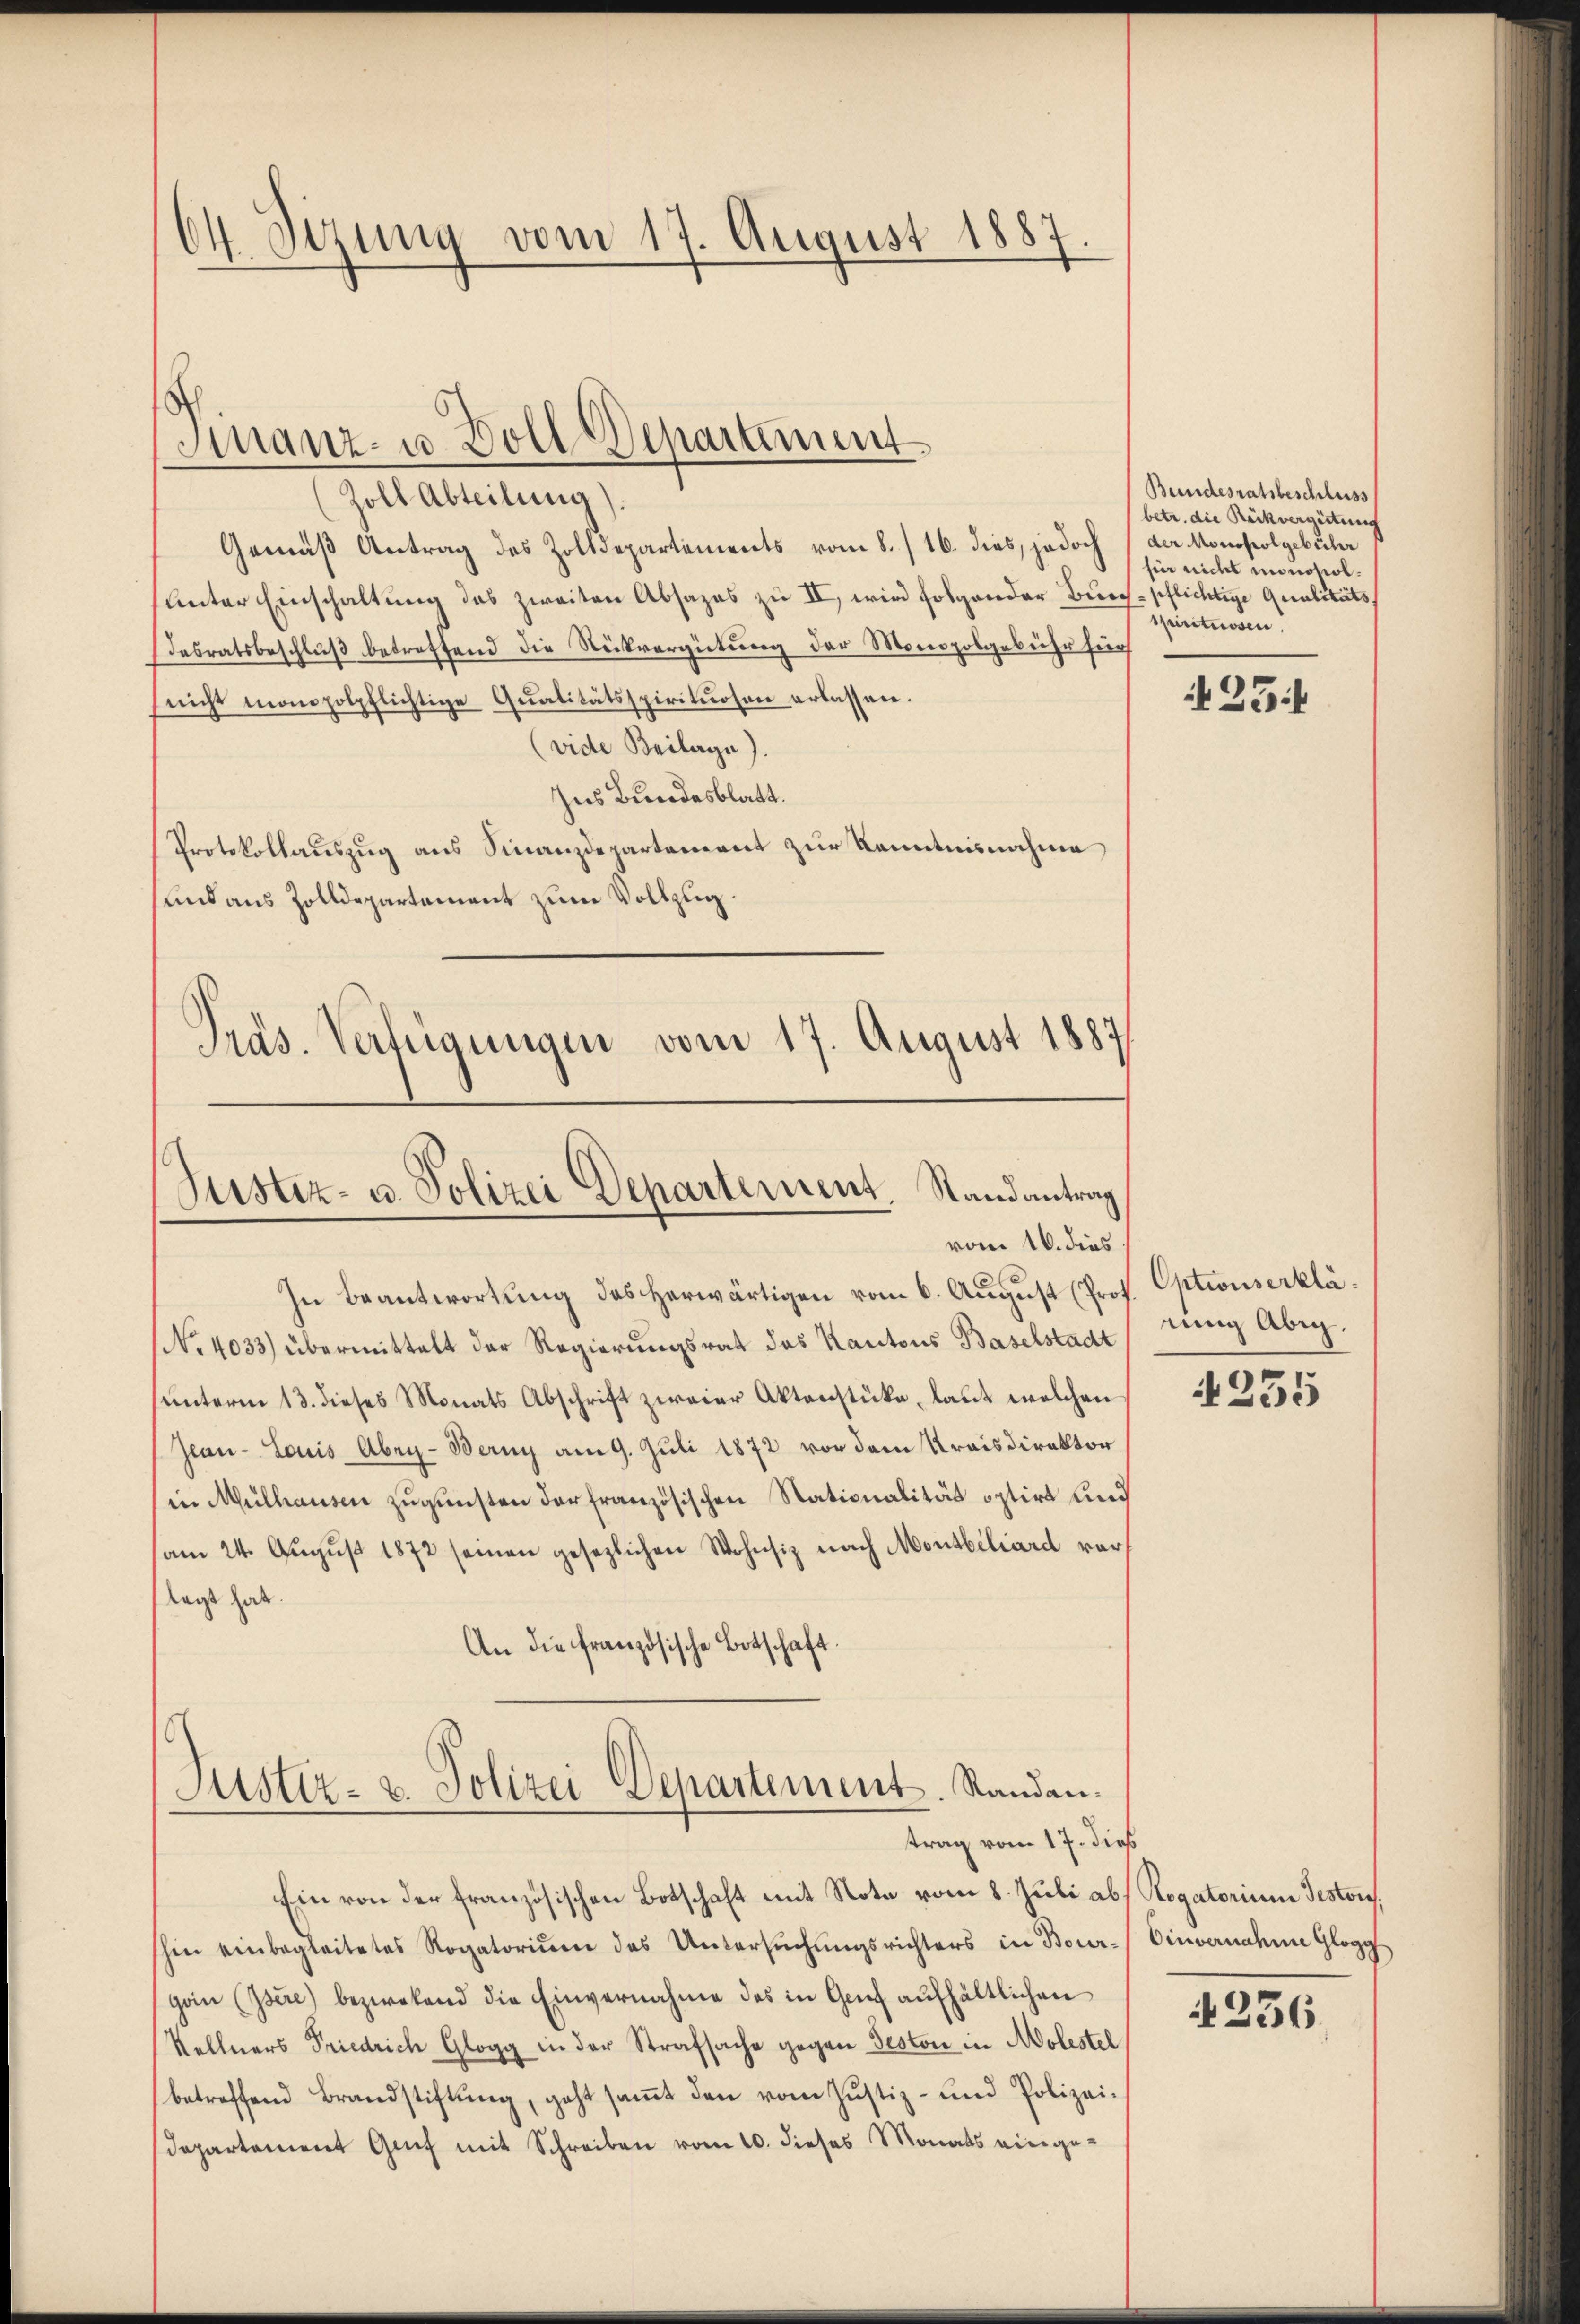
64. Setzung vom 17. August 1883

Zoll Abteilung).
Gemäß Antrag des Zolldepartements vom 8./16. dies, jedoch (der Monopolgebühr
sunter Einschaltung das zweiten Absages zu II, wird folgender Burch pflichtige Qualitäts
desratsbeschluß betreffend die Rückvergütung der Monopolgebühr hiers
(nicht monopolpflichtige Qualitätsspirituosen erlassen.
(vide Beilage)
Ins Bundesblatt.
Protokollauszug aus Finanzdepartement zur Kenntnisnahme
und aus Zolldepartement zum Vollzug.
Präs. Verfügungen vom 17. August 1887/

Finanz- u Voll-Departement

Justiz- u. Polizei Departement. Randantrag
vom 16. dies

In Beantwortung des herwärtigen vom 6. August (Prof. Optionserklä¬
No. 4033) übermittelt der Regierungsrat des Kantons Baselstadt
unterm 13. dieses Monats Abschrift zweier Aktenstücke, laut welchen
Jeau-Louis Abri-Berny am 9. Juli 1872 vor dem Kreisdirektor
in Mülhausen zugunsten der französischen Stationalität optirt und
am 24. August 1872 seinen gesezlichen Wohnsiz nach Montbiliard vor
lagt hat.
An die französische Botschaft.

Justiz- & Polizei Departement. Randantrag vom 17. dieß

Ein von der französischen Botschaft mit Note vom 8. Juli ab Rogatorium Gestor.
shin einbegleitetes Rogatoriŭm des Untersŭchŭngsrichters in Bour- Einvernahme Glogg
gan (Isére) bezwekend die Einvernahme des in Genf aufhältlichen
Kellners Friedrich Glogg in der Strafsache gegen Geston in Molestel
betreffend Brandstiftung, geht samt den vom Justiz- und Polizeidepartement Genf mit Schreiben vom 10. dieses Monats einge¬

Bundesratsbeschluss
betr. die Rückvergütung
für nicht monopol.
spirituosen

425.

nig Abig.

4255

N 236.